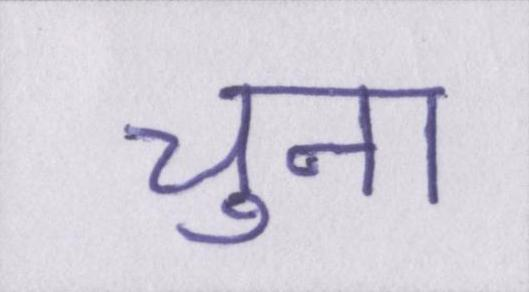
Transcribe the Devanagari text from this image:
चुना